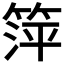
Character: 𬕘